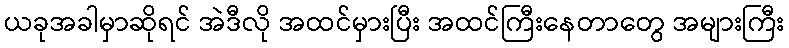
ယခုအခါမှာဆိုရင် အဲဒီလို အထင်မှားပြီး အထင်ကြီးနေတာတွေ အများကြီး